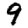
Digit: 9